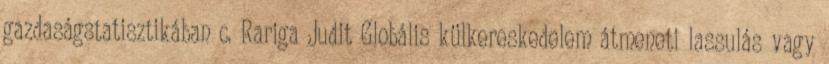
gazdaságstatisztikában c. Rariga Judit Globális külkereskedelem átmeneti lassulás vagy